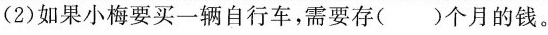
(2)如果小梅要买一辆自行车，需要存( )个月的钱。